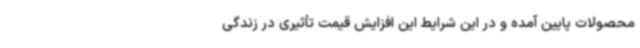
محصولات پایین آمده و در این شرایط این افزایش قیمت تأثیری در زندگی